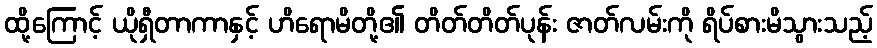
ထို့ကြောင့် ယိုရှီတာကာနှင့် ဟိရောမိတို့၏ တိတ်တိတ်ပုန်း ဇာတ်လမ်းကို ရိပ်စားမိသွားသည့်